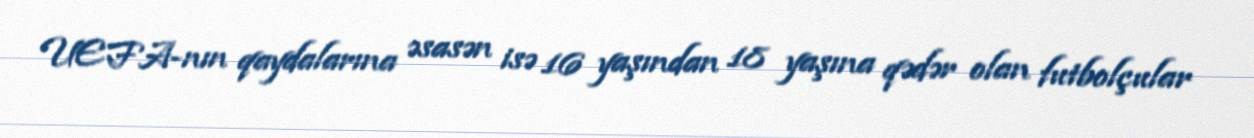
UEFA-nın qaydalarına əsasən isə 16 yaşından 18 yaşına qədər olan futbolçular